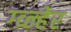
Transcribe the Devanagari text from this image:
ग्व्ल्हेर